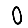
Digit: 0